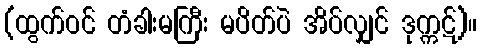
(ထွက်ဝင် တံခါးမကြီး မပိတ်ပဲ အိပ်လျှင် ဒုက္ကဋ်)။